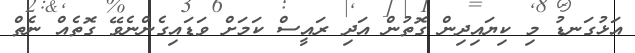
އަޅުގަނޑު މި ކިޔައިދިން ގޮތުން އަދި ރައީސް ކަމަށް ވަޑައިގެންނެވޭ ގޮތެއް ނެތް